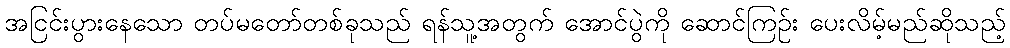
အငြင်းပွားနေသော တပ်မတော်တစ်ခုသည် ရန်သူ့အတွက် အောင်ပွဲကို ဆောင်ကြဉ်း ပေးလိမ့်မည်ဆိုသည့်